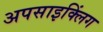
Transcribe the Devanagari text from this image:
अपसाइक्लिंग